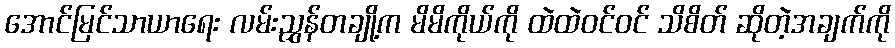
အောင်မြင်သာယာရေး လမ်းညွှန်တချို့က မိမိကိုယ်ကို ထဲထဲဝင်ဝင် သိစိတ် ဆိုတဲ့အချက်ကို